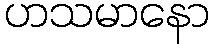
ဟသမာနော